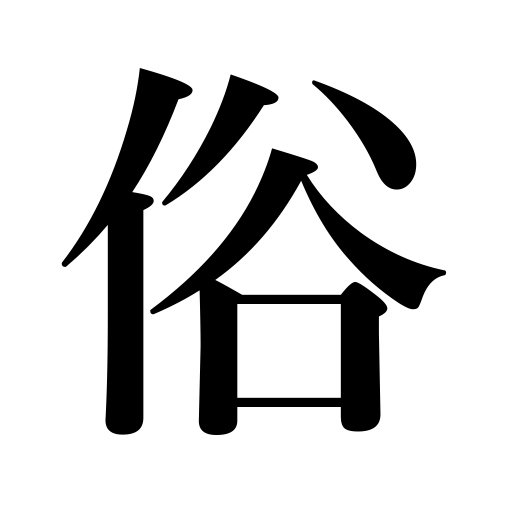
Meanings: mundane things,manners,worldliness,the world,customs,the laity,vulgarity